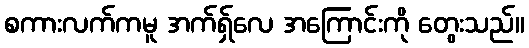
စကားလက်ကမူ အက်ရှ်လေ အကြောင်းကို တွေးသည်။